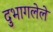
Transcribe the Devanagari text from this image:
दुभागलेले